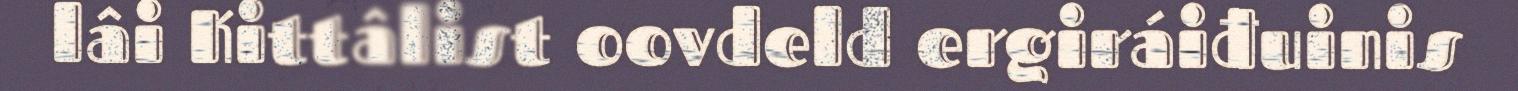
lâi Kittâlist oovdeld ergiráiđuinis